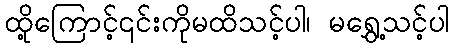
ထို့ကြောင့်၎င်းကိုမထိသင့်ပါ၊ မရွှေ့သင့်ပါ